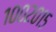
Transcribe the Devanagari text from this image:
१००२०१५